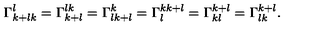
\Gamma _ { k + l k } ^ { l } = \Gamma _ { k + l } ^ { l k } = \Gamma _ { l k + l } ^ { k } = \Gamma _ { l } ^ { k k + l } = \Gamma _ { k l } ^ { k + l } = \Gamma _ { l k } ^ { k + l } .